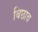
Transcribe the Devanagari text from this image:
बिछाव